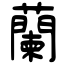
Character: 蘭